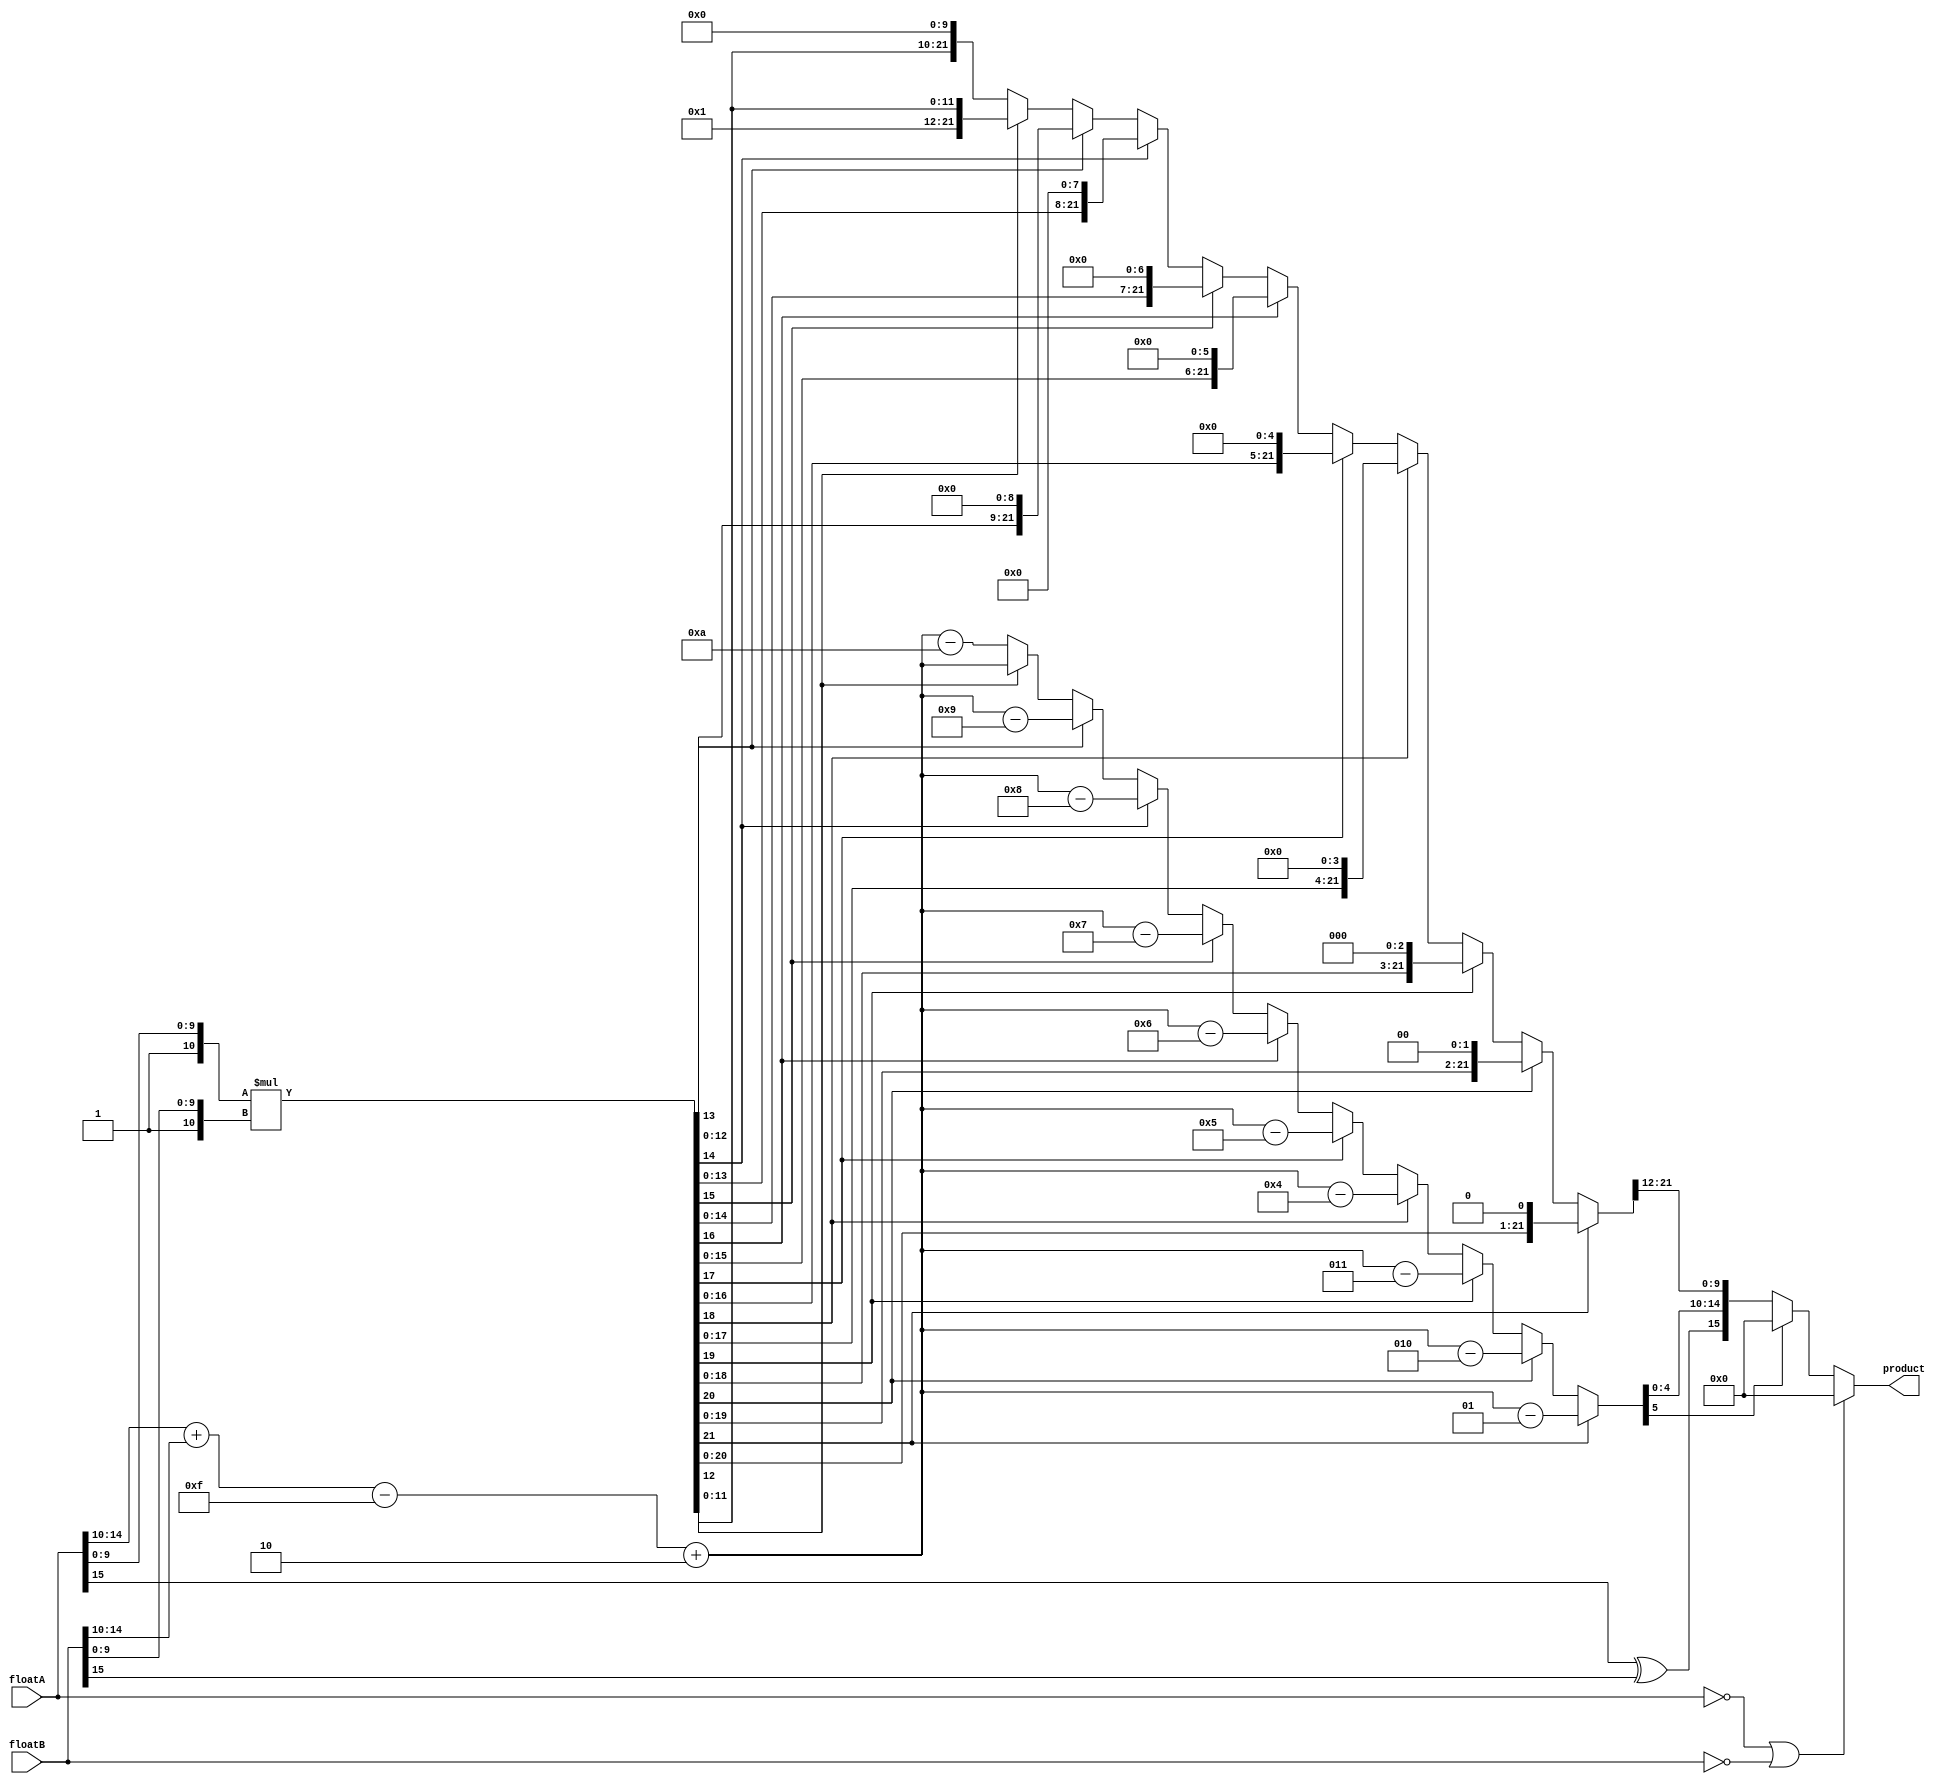
module floatMult 
(
	input wire [15:0] floatA,
	input wire [15:0] floatB,
	output reg [15:0] product
);

reg sign; 
reg signed [5:0] exponent; 
reg [9:0] mantissa; 
reg [10:0] fractionA, fractionB;	//fraction = {1,mantissa} 
reg [21:0] fraction; 


always @ (floatA or floatB) 
begin
	if (floatA == 0 || floatB == 0) 
		product = 0;				
	else 
	begin
		sign = floatA[15] ^ floatB[15]; 
		exponent = floatA[14:10] + floatB[14:10] - 5'd15 + 5'd2;
	
		fractionA = {1'b1,floatA[9:0]};
		fractionB = {1'b1,floatB[9:0]}; 
		fraction = fractionA * fractionB;
		
		if (fraction[21] == 1'b1) 
		begin
			fraction = fraction << 1;
			exponent = exponent - 1; 
		end 
		else if (fraction[20] == 1'b1) 
		begin
			fraction = fraction << 2;
			exponent = exponent - 2;
		end 
		else if (fraction[19] == 1'b1) 
		begin
			fraction = fraction << 3;
			exponent = exponent - 3;
		end 
		else if (fraction[18] == 1'b1) 
		begin
			fraction = fraction << 4;
			exponent = exponent - 4;
		end 
		else if (fraction[17] == 1'b1) 
		begin
			fraction = fraction << 5;
			exponent = exponent - 5;
		end 
		else if (fraction[16] == 1'b1) 
		begin
			fraction = fraction << 6;
			exponent = exponent - 6;
		end 
		else if (fraction[15] == 1'b1) 
		begin
			fraction = fraction << 7;
			exponent = exponent - 7;
		end 
		else if (fraction[14] == 1'b1) 
		begin
			fraction = fraction << 8;
			exponent = exponent - 8;
		end 
		else if (fraction[13] == 1'b1) 
		begin
			fraction = fraction << 9;
			exponent = exponent - 9;
		end 
		else if (fraction[12] == 1'b0) 
		begin
			fraction = fraction << 10;
			exponent = exponent - 10;
		end 
		
		mantissa = fraction[21:12];
		if(exponent[5]==1'b1) begin 
			product=16'b0000000000000000;
		end
		else begin
			product = {sign,exponent[4:0],mantissa}; 
		end
	end
end
endmodule